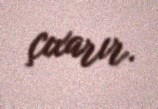
çıxarır.